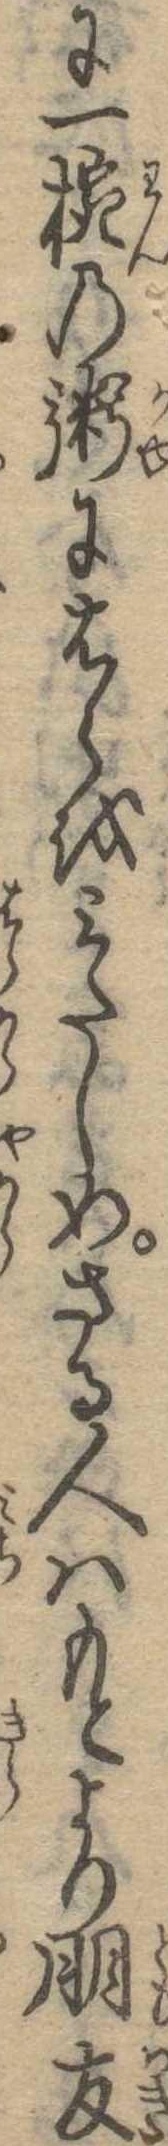
に一椀の粥にはらをみたしめさる人はもとより朋友